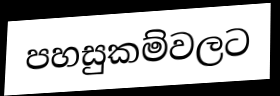
පහසුකම්වලට